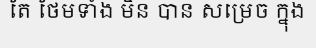
តែ ថែមទាំង មិន បាន សម្រេច ក្នុង